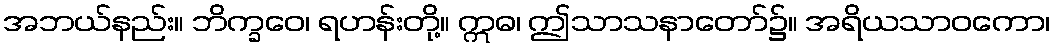
အဘယ်နည်း။ ဘိက္ခဝေ၊ ရဟန်းတို့။ ဣဓ၊ ဤသာသနာတော်၌။ အရိယသာဝကော၊